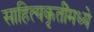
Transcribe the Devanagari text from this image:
साहित्यकृतींमध्ये